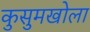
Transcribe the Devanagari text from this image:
कुसुमखोला